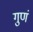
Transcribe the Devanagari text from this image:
गुणं